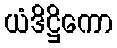
ယံဒိဋ္ဌိကော